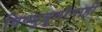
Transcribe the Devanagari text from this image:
विष्णुबुवांनाही